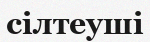
сілтеуші